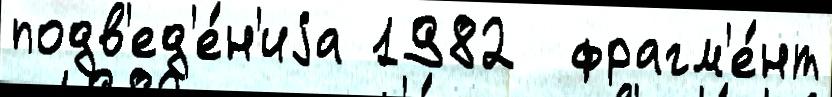
подв'ед'е́н'иjа 1982  фрагм'е́нт